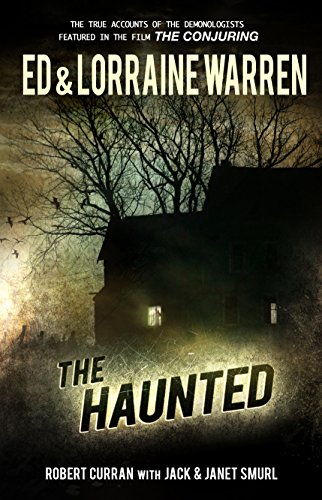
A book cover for The Haunted: One Family's Nightmare; Ed Warren; Religion & Spirituality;